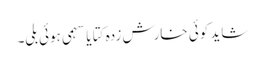
شاید کوئی خارش زدہ کتا یا سہمی ہوئی بلی۔